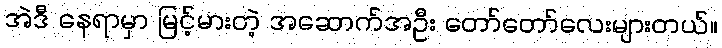
အဲဒီ နေရာမှာ မြင့်မားတဲ့ အဆောက်အဦး တော်တော်လေးများတယ်။